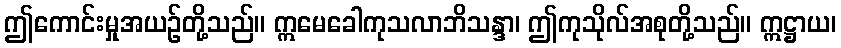
ဤကောင်းမှုအယဉ်တို့သည်။ ဣမေခေါကုသလာဘိသန္ဒာ၊ ဤကုသိုလ်အစုတို့သည်။ ဣဋ္ဌာယ၊